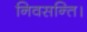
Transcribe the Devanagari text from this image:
निवसन्ति।